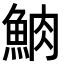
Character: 𩶩